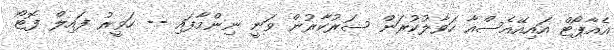
އެއާޕޯޓް އައިއޭއެސްއާ ހަވާލުކުރަން ސަރުކާރުން ވަނީ ނިންމާފައި -- ހަވީރު ފައިލް ފޮޓޯ